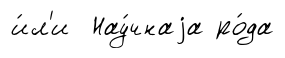
и́л'и Нау́чнаjа ро́да